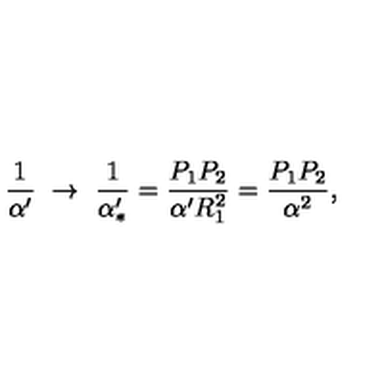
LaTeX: { \frac { 1 } { \alpha ^ { \prime } } } \ \to \ { \frac { 1 } { \alpha _ { * } ^ { \prime } } } = { \frac { P _ { 1 } P _ { 2 } } { \alpha ^ { \prime } R _ { 1 } ^ { 2 } } } = { \frac { P _ { 1 } P _ { 2 } } { \alpha ^ { 2 } } } ,